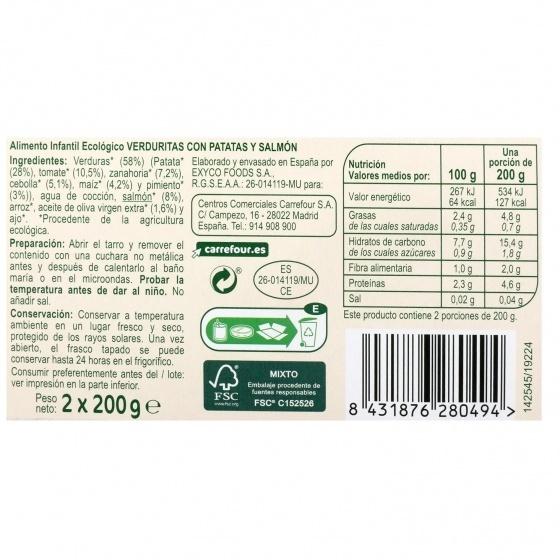
Alimento Infantil Ecológico VERDURITAS CON PATATAS Y SALMÓN Ingredientes: Verduras (58%) (Patata Elaborado y envasado en España por (28%), tomate" (10,5%), zanahoria" (7,2%), EXYCO FÓODS S.A, cebolla" (5,1%), maiz" (4,2%) y pimiento" R.G.S.E.AA: 26-014119-MU para: (3%)), agua de cocción, salmón (8%). Centros Comerciales Carrefour SA. arroz", aceite de oliva virgen extra" (1,6%) y ajo". "Procedente de la agricultura España Tel: 914 908 900 ecológica. Preparación: Abrir el tarro y remover el contenido con una cuchara no metálica antes y después de calentarlo al baño maría o en el microondas. Probar la temperatura antes de dar al niño. No añadir sal. Conservación: Conservar a temperatura ambiente en un lugar fresco y seco, protegido de los rayos solares. Úna vez abierto, el frasco tapado se puede conservar hasta 24 horas en el frigorifico. Consumir preferentemente antes del / lote: ver impresión en la parte inferior.
Nutrición Valores medios por:
Una porción de 200 g
100 g
Valor energético
267 kJ 64 kcal
534 kJ 127 kcal
4,8 g 0,7 g
2,49 de las cuales saturadas 0,35 g 7,79 0.9 9 1,0 g
Grasas
C/ Campezo, 16 - 28022 Madrid
15,4 g 1,8 g 2,0 g
Hidratos de carbono
carrefour.es
de los cuales azúcares
ES
Fibra alimentaria
26-014119/MU СЕ
2,3 g 0,02 g
4,6 g 0,04 g
Proteinas
Sal
Este producto contiene 2 porciones de 200 g.
MIXTO
Embalaje procedente de fuentes responsables
Peso 2 x 200 ge
FSC
FSC" C152526
8 431876 280494>
neto:
142545/19224